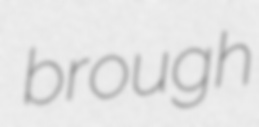
brough